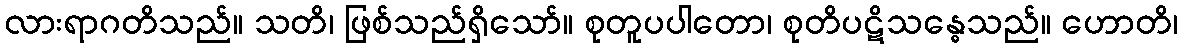
လားရာဂတိသည်။ သတိ၊ ဖြစ်သည်ရှိသော်။ စုတူပပါတော၊ စုတိပဋိသန္ဓေသည်။ ဟောတိ၊